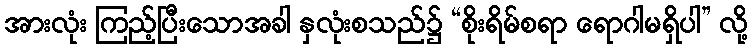
အားလုံး ကြည့်ပြီးသောအခါ နှလုံးစသည်၌ “စိုးရိမ်စရာ ရောဂါမရှိပါ” လို့